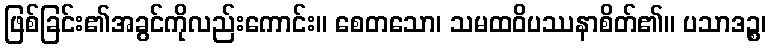
ဖြစ်ခြင်း၏အခွင်ကိုလည်းကောင်း။ စေတသော၊ သမထဝိပဿနာစိတ်၏။ ပသာဒဉ္စ၊